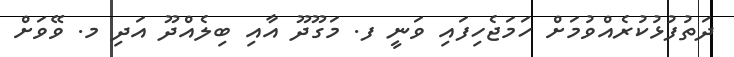
ދަތުފުޅުކުރެއްވުމަށް ހަމަޖެހިފައި ވަނީ ފ. މަގޫދޫ އާއި ބިލެއްދޫ އަދި މ. ވޭވަށް